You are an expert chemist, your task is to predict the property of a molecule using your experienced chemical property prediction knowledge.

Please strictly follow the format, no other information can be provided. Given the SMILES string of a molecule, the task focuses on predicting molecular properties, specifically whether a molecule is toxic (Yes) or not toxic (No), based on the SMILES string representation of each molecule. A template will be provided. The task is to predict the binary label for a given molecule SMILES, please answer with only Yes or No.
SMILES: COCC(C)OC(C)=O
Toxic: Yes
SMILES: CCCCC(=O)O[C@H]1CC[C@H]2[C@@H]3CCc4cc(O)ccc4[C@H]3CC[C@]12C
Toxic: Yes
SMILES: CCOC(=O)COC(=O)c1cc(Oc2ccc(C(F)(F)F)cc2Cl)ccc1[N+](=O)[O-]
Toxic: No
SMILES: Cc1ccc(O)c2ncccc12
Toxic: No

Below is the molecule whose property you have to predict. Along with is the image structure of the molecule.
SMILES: CNC(=O)c1cnn(-c2nc(N)c3ncn([C@@H]4O[C@H](CO)[C@@H](O)[C@H]4O)c3n2)c1
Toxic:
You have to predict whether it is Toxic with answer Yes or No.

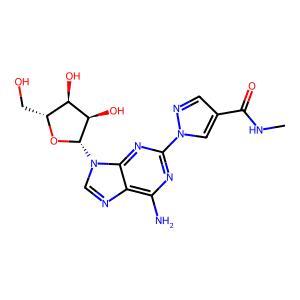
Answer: No